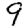
Digit: 9